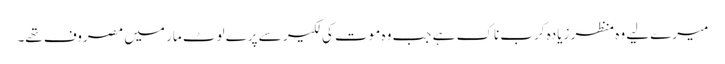
میرے لیے وہ منظر زیادہ کرب ناک ہے جب وہ موت کی لکیر سے پرے لوٹ مار میں مصروف تھے۔